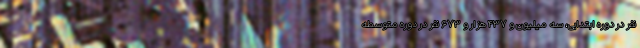
نفر در دوره ابتدایی، سه میلیون و ۴۳۷ هزار و ۶۷۳ نفر در دوره متوسطه